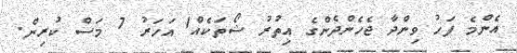
އެންމެ ފަހު ވިންދާ ޖެހެންދެންގެ އިތުރު ޝޯތަކެއް1 އަހަރު 7 މަސް ކުރިން.